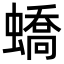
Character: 蟜